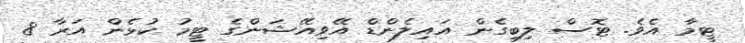
ޓީމާ އެވެ. ޓޮސް ލިބިގެން އައިލެންޑް އޭވިއޭޝަންގެ ޓީމު ކުޅެން އަރާ 8